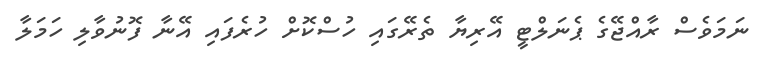
ނަމަވެސް ރާއްޖޭގެ ޕެނަލްޓީ އޭރިޔާ ތެރޭގައި ހުސްކޮށް ހުރެފައި އޭނާ ފޮނުވާލި ހަމަލާ